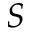
\boldsymbol { S }